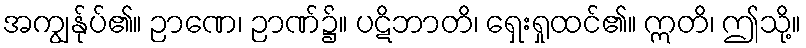
အကျွန်ုပ်၏။ ဉာဏေ၊ ဉာဏ်၌။ ပဋိဘာတိ၊ ရှေးရှုထင်၏။ ဣတိ၊ ဤသို့။